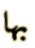
بها